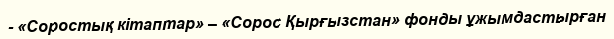
- «Соростық кітаптар» – «Сорос Қырғызстан» фонды ұжымдастырған